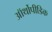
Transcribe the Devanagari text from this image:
ऑर्थोपीडिक